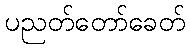
ပညတ်တော်ခေတ်